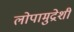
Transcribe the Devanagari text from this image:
लोपामुद्रेशी